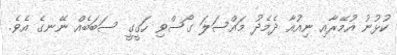
ކުޅުނު އުމޭރާއި ނިއުއާ ދެމެދު މައްސަލަ ގޯސްވި ހަގީގީ ސަބަބެއް ނޭނގެ އެވެ.